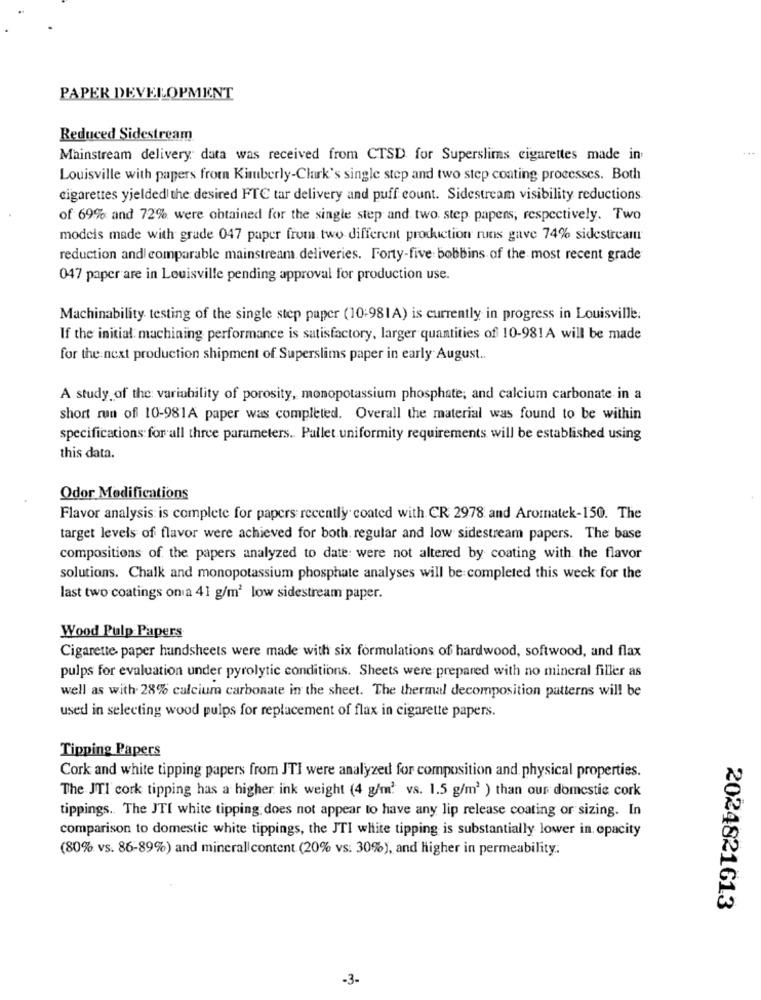
PAPER DEVELOPMENT
Reduced Sidestream
...
Mainstream delivery data was received from CTSD for Superslims cigarettes made in
Louisville with papers from Kimberly-Clark's single step and two step coating processes. Both
cigarettes yjelded the desired FTC tar delivery and puff count. Sidestream visibility reductions
of 69% and 72% were obtained for the single step and two step papers, respectively. Two
models made with grade 047 paper from two different production runs gave 74% sidestream
reduction and comparable mainstream deliveries. Forty-five bobbins of the most recent grade
047 paper are in Louisville pending approval for production use.
Machinability testing of the single step paper (10:981A) is currently in progress in Louisville.
If the initial machining performance is satisfactory, larger quantities of 10-981A will be made
for the next production shipment of Superslims paper in early August ..
A study of the variability of porosity, monopotassium phosphate; and calcium carbonate in a
short run of 10-981A paper was completed. Overall the material was found to be within
specifications for all three parameters. Pallet uniformity requirements will be established using
this data.
Odor Modifications
Flavor analysis is complete for papers: recently coated with CR 2978 and Aromatek-150. The
target levels of flavor were achieved for both. regular and low sidestream papers. The base
compositions of the papers analyzed to date: were not altered by coating with the flavor
solutions. Chalk and monopotassium phosphate analyses will be completed this week for the
last two coatings on a 41 g/m2 low sidestream paper.
Wood Pulp Papers
Cigarette paper hundsheets were made with six formulations of hardwood, softwood, and flax
pulps for evaluation under pyrolytic conditions. Sheets were prepared with no mineral filler as
well as with 28% calcium carbonate in the sheet. The thermal decomposition patterns will be
used in selecting wood pulps for replacement of flax in cigarette papers.
Tipping Papers
Cork and white tipping papers from JTI were analyzed for composition and physical properties.
The JTI cork tipping has a higher ink weight (4 g/m' vs. 1.5 g/m' ) than our domestic cork
tippings. The JTI white tipping does not appear to have any lip release coating or sizing. In
comparison to domestic white tippings, the JTI white tipping is substantially lower in. opacity
(80% vs. 86-89%) and mineral content (20% vs: 30%), and higher in permeability ..
2024821613
-3-